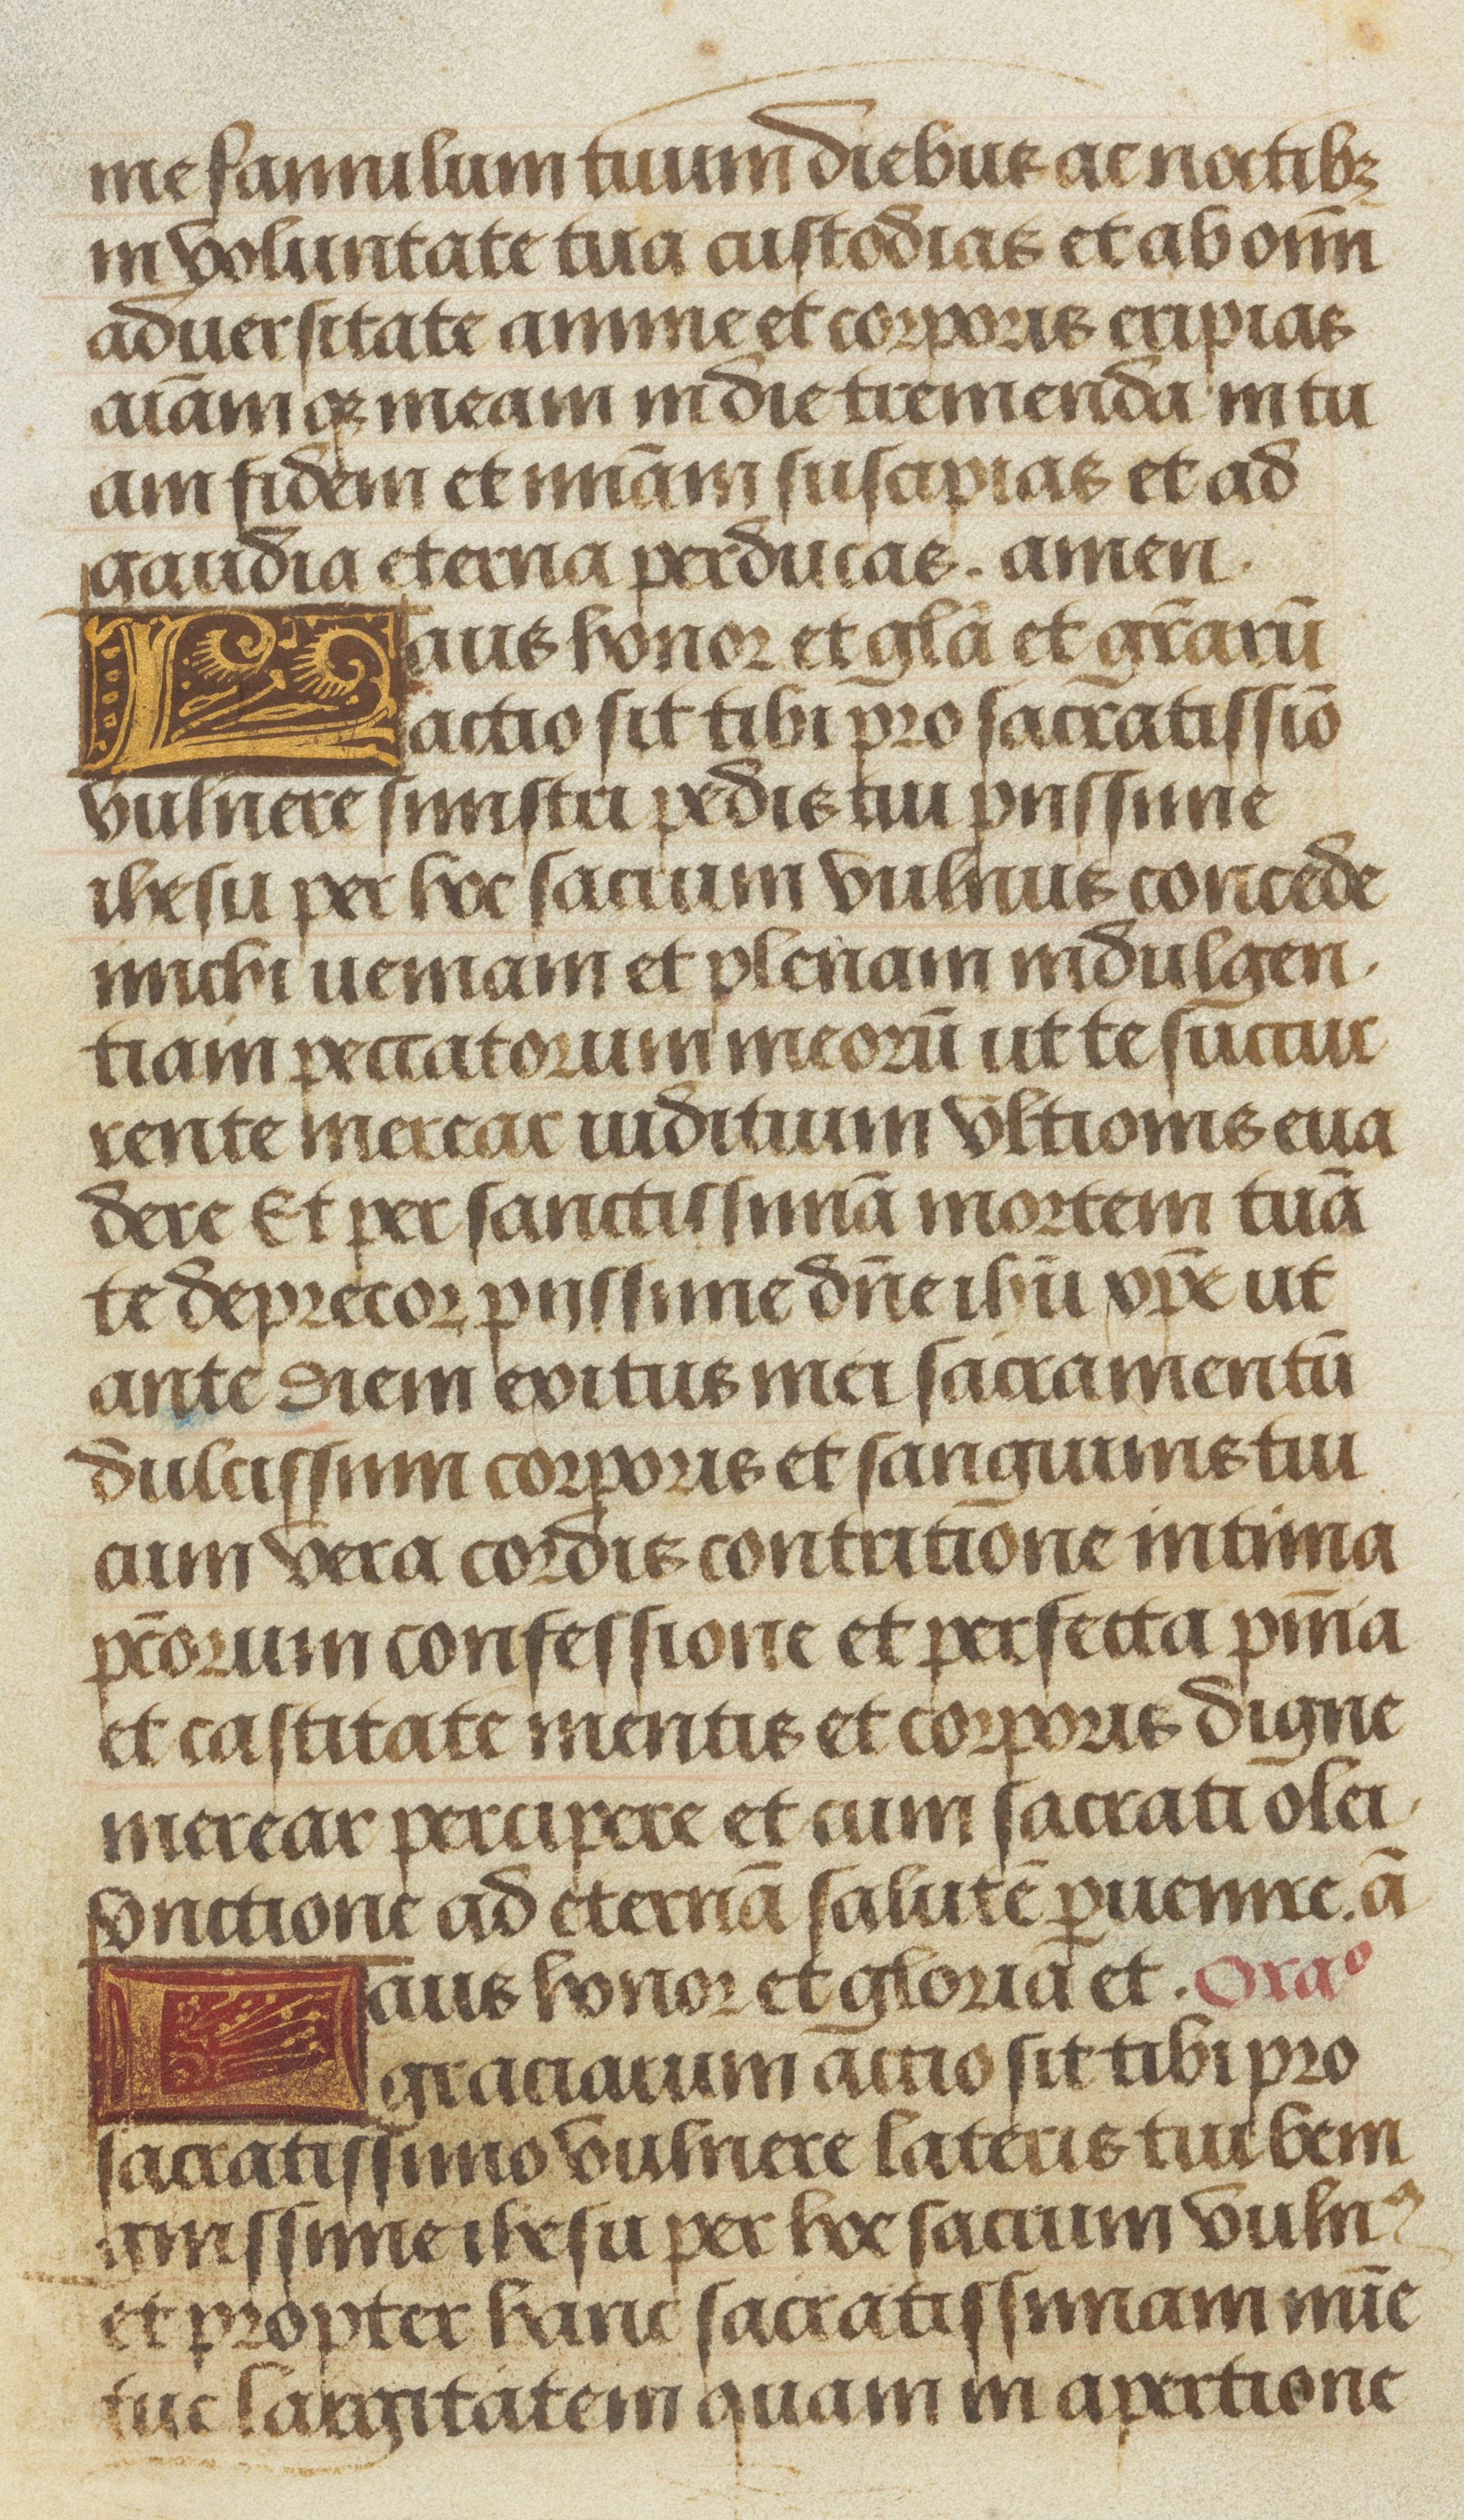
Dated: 1475–1505